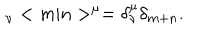
LaTeX: { \hphantom > } _ { \nu } < m | n > ^ { \mu } = \delta _ { \nu } ^ { \mu } \delta _ { m + n } . \nonumber